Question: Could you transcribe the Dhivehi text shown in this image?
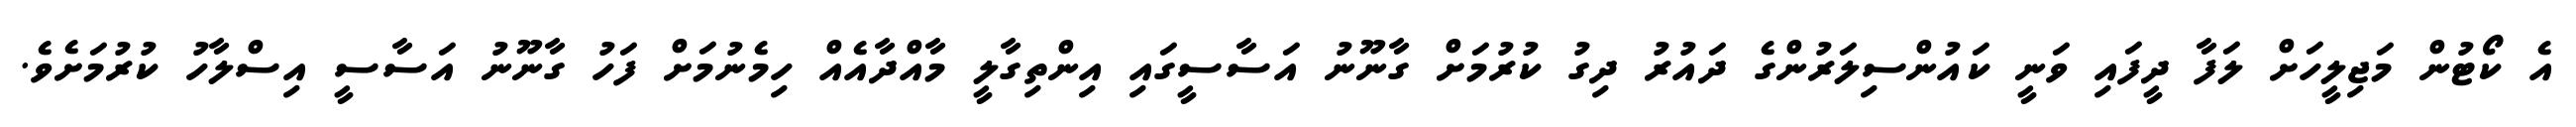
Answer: އެ ކޯޓުން މަޖިލީހަށް ލަފާ ދީފައި ވަނީ ކައުންސިލަރުންގެ ދައުރު ދިގު ކުރުމަށް ގާނޫނު އަސާސީގައި އިންތިގާލީ މާއްދާއެއް ހިމެނުމަށް ފަހު ގާނޫނު އަސާސީ އިސްލާހު ކުރުމަށެވެ.